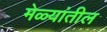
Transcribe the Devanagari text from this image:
मेळ्यांतील